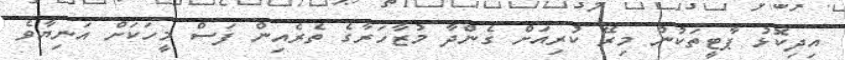
އިދިކޮޅު ޕާޓީތަކުން މިރޭ ކުރިއަށް ގެންދާ މުޒާހަރާގެ ތެރެއިން ފަސް މީހަކަށް އަނިޔާވެ